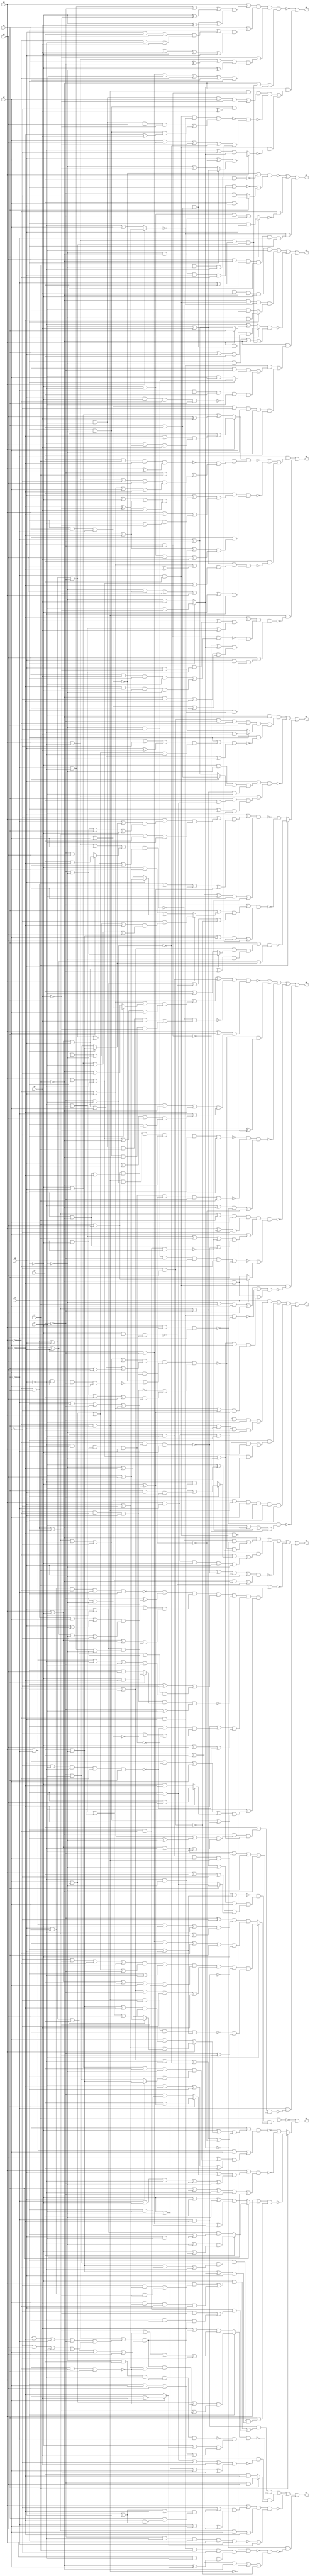
// Benchmark "quot_res" written by ABC on Mon Feb 27 04:35:10 2023

module quot_res ( 
    x0, x1, x2, x3, x4, x5, x6, x7, x8, x9,
    z0, z1, z2, z3, z4, z5, z6, z7, z8, z9  );
  input  x0, x1, x2, x3, x4, x5, x6, x7, x8, x9;
  output z0, z1, z2, z3, z4, z5, z6, z7, z8, z9;
  wire n22, n23, n24, n25, n26, n27, n28, n29, n30, n32, n33, n34, n35, n36,
    n37, n38, n40, n41, n42, n43, n44, n45, n46, n47, n48, n49, n51, n52,
    n53, n54, n55, n56, n57, n58, n59, n60, n61, n62, n63, n64, n66, n67,
    n68, n69, n70, n71, n72, n73, n74, n75, n76, n77, n78, n79, n80, n81,
    n83, n84, n85, n86, n87, n88, n89, n90, n91, n92, n93, n94, n95, n96,
    n97, n98, n99, n100, n101, n102, n103, n104, n106, n107, n108, n109,
    n110, n111, n112, n113, n114, n115, n116, n117, n118, n119, n120, n121,
    n123, n124, n125, n126, n127, n128, n129, n130, n131, n132, n133, n134,
    n135, n137, n138, n139, n140, n141, n142, n143, n144, n145, n146, n148,
    n149, n150, n151, n152, n153, n154;
  assign z0 = n22 | n23 | n24 | ~n27;
  assign n22 = x2 & ((~x0 & x1 & x3 & ~x4 & x5) | (x0 & ~x1 & ~x3 & x4 & ~x5));
  assign n23 = x2 & ((~x0 & x1 & x3 & x4) | (x0 & ~x1 & ~x3 & ~x4));
  assign n24 = n26 & n25 & x7 & ~x6 & x2 & x3;
  assign n25 = ~x0 & x1;
  assign n26 = ~x4 & ~x5;
  assign n27 = ~n28 & (x5 | ~x6 | ~n29 | ~n30);
  assign n28 = ~x2 & x0 & ~x1;
  assign n29 = x2 & ~x0 & x1;
  assign n30 = x3 & ~x4;
  assign z1 = ~n35 | (~x0 & ~n32) | (~n33 & n34);
  assign n32 = x1 ? (x2 & x3) : (~x2 | ~x3 | ~x4 | (~x5 & ~x6));
  assign n33 = x0 ? (x3 | ~x7) : (~x3 | x7);
  assign n34 = x8 & ~x6 & ~x5 & x4 & ~x1 & x2;
  assign n35 = (~n36 | ~n37) & (~n38 | (x1 ? (x4 | x7) : (~x4 | ~x7)));
  assign n36 = x2 & x0 & ~x1;
  assign n37 = x6 & ~x5 & ~x3 & x4;
  assign n38 = ~x6 & ~x5 & x3 & ~x0 & x2;
  assign z2 = n43 | n45 | ~n47 | (~x6 & (n40 | n42));
  assign n40 = n41 & ((x1 & ~x4 & (x2 ? (~x5 & ~x7) : (x5 & x7))) | (~x1 & ~x2 & x4 & x5 & x7));
  assign n41 = ~x0 & x3;
  assign n42 = n36 & ~x7 & ~x5 & ~x3 & x4;
  assign n43 = ~n44 & x9 & ~x6 & ~x2 & x5;
  assign n44 = (x0 | ~x3 | x7 | (x1 ? (x4 | ~x8) : (~x4 | x8))) & (~x0 | x1 | x3 | ~x4 | ~x7 | x8);
  assign n45 = ~x6 & n46 & ~n33 & (x2 ? (~x5 & ~x8) : (x5 & x8));
  assign n46 = ~x1 & x4;
  assign n47 = n49 & (x2 | ~x5 | ~x6 | n48);
  assign n48 = (x0 | ~x3 | (~x1 ^ x4)) & (~x0 | x1 | x3 | ~x4);
  assign n49 = x2 ? ((x0 | (x3 & (x1 | x4))) & (x1 | x3 | x4)) : (~x3 | (x0 ? x1 : (~x1 | ~x4)));
  assign z3 = n59 | ~n64 | (x6 ? ~n63 : (~n51 | ~n53));
  assign n51 = (x3 | n52) & (~x3 | x4 | x5 | x7 | ~n29);
  assign n52 = (~x7 | ((x0 | ((~x1 | (x2 ? (x4 | ~x5) : (~x4 | x5))) & (~x4 | ~x5 | x1 | ~x2))) & (~x0 | x1 | x2 | x4 | x5))) & (~x0 | x1 | ~x4 | x7 | (~x2 ^ x5));
  assign n53 = (~x4 | n54) & (x4 | ~x5 | x7 | x8 | ~n58);
  assign n54 = (x1 | n55) & (x3 | x5 | ~n56 | ~n57);
  assign n55 = x0 ? (~x7 | ((x2 | ~x3 | ~x5 | ~x8) & (~x2 | x3 | x5 | x8))) : (~x2 | x7 | (x3 ? (x5 | x8) : (~x5 | ~x8)));
  assign n56 = ~x2 & ~x0 & x1;
  assign n57 = ~x7 & x8;
  assign n58 = x3 & ~x2 & ~x0 & x1;
  assign n59 = x5 & ~x6 & (n61 | (~x8 & n46 & ~n60));
  assign n60 = (x2 | ((~x0 | ~x7 | (x3 ^ x9)) & (x7 | x9 | x0 | ~x3))) & (x0 | ~x2 | x3 | x7 | ~x9);
  assign n61 = n62 & (x2 ? (~x3 & x9) : (x3 & ~x9));
  assign n62 = x8 & ~x7 & ~x4 & ~x0 & x1;
  assign n63 = (x1 | ((~x0 | x2 | (x3 ? (~x4 | ~x5) : (x4 | x5))) & (x0 | ~x2 | x3 | ~x4 | ~x5))) & (x0 | ~x1 | x3 | (x2 ? (x4 | ~x5) : (~x4 | x5)));
  assign n64 = (x3 | (((~x2 & ~x5) | (x0 ? (x1 | x4) : (~x1 | ~x4))) & (~x0 | x1 | x2 | ~x4 | x5))) & (x0 | ~x3 | ((x1 | (x4 & (x2 | x5))) & (x2 | x4 | x5)));
  assign z4 = ~n74 | (x6 ? ~n73 : (~n66 | ~n72));
  assign n66 = (x1 | n67) & (x0 | ~x1 | x7 | n71);
  assign n67 = (~x2 | n69) & (~x0 | x2 | ~x3 | ~n68 | ~n70);
  assign n68 = ~x4 & x5;
  assign n69 = x0 ? (x3 | ~x7 | (x4 ? (x5 | x8) : (~x5 | ~x8))) : (x7 | ((x4 | ~x5 | ~x8) & (~x3 | ~x4 | x5 | x8)));
  assign n70 = x7 & x8;
  assign n71 = (x8 | ((~x2 | x3 | x4 | ~x5) & (x2 | (x3 ? (x4 | ~x5) : (~x4 | x5))))) & (x5 | ~x8 | x2 | x4);
  assign n72 = (x0 | ((x3 | (x1 ? (x4 | (~x2 ^ x5)) : (~x4 | (x2 & x5)))) & (~x1 | ~x2 | ~x3 | ~x4 | ~x5))) & (x1 | x2 | ~x3 | ~x4 | x5);
  assign n73 = (x0 | (x1 ? (x4 ? ((~x3 | ~x5) & (~x2 | (~x3 & ~x5))) : ((x3 | x5) & (x2 | (x3 & x5)))) : ((~x2 | x4 | ~x5) & (x3 | ~x4 | (x2 & x5))))) & (x1 | ((x2 | ((~x4 | x5) & (x4 | ~x5 | ~x0 | ~x3))) & (x4 | ~x5 | ~x2 | x3)));
  assign n74 = x6 | (~n76 & n77 & (x5 ? n78 : n75));
  assign n75 = ((~x4 ^ ~x7) | ((x0 | ~x1 | ~x2 | ~x3) & (~x0 | x1 | x2 | x3))) & (x3 | ~x4 | x7 | ~x0 | x1 | ~x2);
  assign n76 = x4 & x5 & x7 & n25 & (x2 ^ x3);
  assign n77 = (~x0 | x1 | x2 | ~x4 | ~x5 | x7) & (x0 | x4 | ~x7 | (x1 ? (x2 | x5) : (~x2 | ~x5)));
  assign n78 = (n79 | ~n80) & (~n81 | (~x4 ^ ~x9));
  assign n79 = (((~x7 | ~x9 | ~x0 | x4) & (x7 | x9 | x0 | ~x4)) | (x2 ^ ~x3)) & (x0 | ~x2 | x4 | x7 | ~x9) & (~x0 | x2 | ~x4 | ~x7 | x9);
  assign n80 = ~x1 & ~x8;
  assign n81 = ~x0 & x1 & ~x7 & x8 & (x2 ^ x3);
  assign z5 = n83 | n91 | ~n92 | ~n94 | (~x1 & ~n90);
  assign n83 = ~x6 & ((~n44 & ~n89) | (~n84 & (x5 ^ x9)));
  assign n84 = n88 & (~n36 | ~n87) & (~n85 | n86);
  assign n85 = ~x7 & ~x0 & x3;
  assign n86 = (x1 | ~x2 | x4 | x8) & (~x1 | x2 | ~x4 | ~x8);
  assign n87 = ~x8 & ~x3 & ~x4 & x7;
  assign n88 = (~x0 | x1 | x2 | ~x3 | ~x7 | x8) & (x0 | ~x2 | x3 | x7 | (x1 ^ x8));
  assign n89 = x2 ? (x5 | ~x9) : (~x5 | x9);
  assign n90 = (x4 | ((~x6 | ((~x0 | x3 | (x2 ^ ~x5)) & (x0 | ~x2 | ~x3 | x5))) & (x0 | x2 | ~x3 | ~x5))) & (x0 | ~x2 | ~x3 | ~x4 | ~x5 | ~x6);
  assign n91 = x6 & ((~x0 & (x2 ? ((~x3 & ~x5) | (x1 & x3 & x5)) : (~x3 & x5))) | (x0 & ~x1 & ~x2 & x3 & ~x5));
  assign n92 = (x6 | ~n93 | x3 | ~x5) & (~x3 | ~x4 | x5 | ~x6 | ~n56);
  assign n93 = ~x0 & ~x1 & ~x2;
  assign n94 = x6 | (n95 & ~n101 & n102 & (x5 | n100));
  assign n95 = (~n98 | (~x4 ^ ~x5)) & n99 & (n96 | n97);
  assign n96 = x2 ^ ~x7;
  assign n97 = (~x0 | x1 | x3 | x4 | ~x5) & (x0 | ~x1 | ~x3 | ~x4 | x5);
  assign n98 = x7 & x3 & ~x0 & ~x1 & x2;
  assign n99 = (x2 | ((~x0 | x1 | x7 | (x3 ^ x5)) & (x0 | ~x1 | x3 | ~x5 | ~x7))) & (x0 | ~x2 | ~x7 | ((x3 | x5) & (~x1 | ~x3 | ~x5)));
  assign n100 = (x0 | x3 | x7 | (x1 ? (x2 | x8) : (~x2 | ~x8))) & (~x0 | x1 | x2 | ~x3 | ~x7 | ~x8);
  assign n101 = n85 & (x1 ? (~x2 & ~x8) : (x2 & x8)) & (~x4 ^ x5);
  assign n102 = (~x8 | ((x2 | ~n103) & (~x7 | ~n26 | ~n104))) & (~x2 | x8 | ~n103);
  assign n103 = ~x7 & x5 & ~x3 & ~x0 & x1;
  assign n104 = ~x3 & x2 & x0 & ~x1;
  assign z6 = ~n106 | n111 | ~n115 | ~n118 | (n46 & ~n112);
  assign n106 = n107 & ~n110 & (x0 | x7 | n109);
  assign n107 = x1 | n108 | (x4 & x5);
  assign n108 = (~x0 | x3 | (x2 ? (x6 | x7) : (~x6 | ~x7))) & (x0 | x2 | ~x3 | ~x6 | x7);
  assign n109 = (x1 | ~x2 | ~x6 | ~x8) & (~x1 | ((x3 | x6 | x8) & (x2 | ((x6 | x8) & (x3 | ~x6 | ~x8)))));
  assign n110 = ~n44 & ((~x2 & x5 & x6 & x9) | (x2 & ~x5 & ~x6 & ~x9));
  assign n111 = ~n84 & (x6 ^ ~x9);
  assign n112 = (~x5 | x6 | x7 | x8 | ~n113) & (~x6 | ~x8 | n114);
  assign n113 = x3 & ~x0 & x2;
  assign n114 = (x0 | x2 | ~x3 | ~x5 | x7) & (~x0 | x3 | ~x7 | (~x2 ^ x5));
  assign n115 = ~n117 & ~n116 & (~x3 | ~x6 | ~n28 | ~n70);
  assign n116 = n104 & n70 & ~x4 & x6;
  assign n117 = n25 & n68 & ~x7 & ~x6 & x2 & x3;
  assign n118 = n120 & n121 & (~n119 | (x2 ? (x6 | x8) : (~x6 | ~x8)));
  assign n119 = ~x7 & ~x5 & ~x4 & x3 & ~x0 & x1;
  assign n120 = (~x0 | x1 | x2 | x6 | x7) & (x0 | ~x6 | ~x7);
  assign n121 = x7 | ((~x3 | ~x4 | x6 | ~n29) & (x3 | ~x6 | ~n93));
  assign z7 = n123 | ~n124 | n131 | ~n133 | (~n89 & ~n129);
  assign n123 = n80 & ((~x2 & ((x0 & ((~x7 & x9) | (x3 & x7 & ~x9))) | (x7 & x9 & ~x0 & x3))) | (~x0 & x2 & ((~x7 & ~x9) | (~x3 & x7 & x9))));
  assign n124 = n126 & (~n125 | ((~x2 | (x7 ? (x8 | x9) : ~x8)) & (x2 | x7 | x8 | x9)));
  assign n125 = ~x5 & x4 & ~x3 & x0 & ~x1;
  assign n126 = x2 ? ((x7 | x9 | ~n127) & (~x9 | (n128 & (x3 | ~x7 | ~n127)))) : ((x9 | n128) & (~x9 | ~n127 | ~x3 | ~x7));
  assign n127 = x8 & ~x0 & x1;
  assign n128 = (x0 | ~x3 | ((x7 | ~x8 | ~x1 | ~x4) & (~x7 | x8 | x1 | x4))) & (~x0 | x1 | x3 | x4 | x7 | x8);
  assign n129 = ~n130 & (~x3 | x4 | ~x6 | ~n25 | ~n57);
  assign n130 = ~x8 & n46 & ((~x0 & x3 & x6 & ~x7) | (x0 & ~x3 & (~x6 ^ x7)));
  assign n131 = n41 & ~n132 & (x1 ? (~x4 & x8) : (x4 & ~x8));
  assign n132 = (x2 | x5 | ~x7 | x9) & (~x2 | ~x5 | x7 | ~x9);
  assign n133 = n135 & (~n134 | (x7 ? (x8 | x9) : ~x8));
  assign n134 = ~x4 & ~x3 & x2 & x0 & ~x1;
  assign n135 = (x0 | ((~x7 | ((x2 | x3 | ~x8) & (x1 | (~x8 & (x2 | x3))))) & (~x1 | x7 | x8))) & (~x0 | x1 | x2 | x7 | ~x8);
  assign z8 = n137 | (n25 & ~n144);
  assign n137 = ~x1 & (~n139 | ~n143 | (x4 & ~n138));
  assign n138 = (x5 | x9 | ((~x0 | x3 | (x2 ^ ~x8)) & (x0 | x2 | ~x3 | ~x8))) & (~x5 | x8 | ~x9 | x0 | ~x2 | ~x3);
  assign n139 = n142 & (n89 | (~n141 & (~x4 | x6 | n140)));
  assign n140 = (x0 | ~x3 | ~x7 | x8) & (~x0 | x3 | x7 | ~x8);
  assign n141 = x4 & x6 & ~x8 & (x0 ^ x3);
  assign n142 = x0 ? (x2 | ((~x8 | ~x9) & (~x3 | x8 | x9))) : (~x2 | x3 | (x8 ^ x9));
  assign n143 = (x4 | ((x3 | ((~x0 | ~x2 | (~x8 ^ ~x9)) & (x2 | ~x8 | x9))) & (x0 | ~x8 | (x2 & (~x3 | ~x9))))) & (x0 | ((x2 | ~x8 | (x3 & ~x9)) & (~x2 | ~x3 | x8 | x9)));
  assign n144 = (~x8 | ((~x2 | (x9 & (~x3 | ~x4))) & (~x3 | ~x4 | x9))) & n145 & (x8 | ((x3 | ~x9) & (x2 | (x3 & ~x9))));
  assign n145 = ~n146 & (~n30 | n89 | (((~x6 & ~x7) | ~x8) & (x6 | x7 | x8)));
  assign n146 = x3 & ~x4 & ((x8 & x9 & x2 & x5) | (~x8 & ~x9 & ~x2 & ~x5));
  assign z9 = ~n152 | (~x6 & (n149 | ~n150 | (n46 & ~n148)));
  assign n148 = x0 ? (x3 | x7 | (x2 ? (x5 | x9) : (~x5 | ~x9))) : (~x3 | ~x7 | (x2 ? (x5 | ~x9) : (~x5 | x9)));
  assign n149 = n25 & n30 & ((~x2 & x5 & x7 & ~x9) | (x2 & ~x5 & (~x7 ^ x9)));
  assign n150 = ~n151 & (x7 | x8 | ~x9 | ~n68 | ~n58);
  assign n151 = n46 & ~n33 & ((~x2 & x5 & x8 & ~x9) | (x2 & ~x5 & (~x8 ^ x9)));
  assign n152 = n154 & (~x9 | n153) & (~x6 | n48 | n89);
  assign n153 = (x0 | ~x3 | (x1 ^ ~x4) | (~x2 ^ ~x5)) & (x3 | ~x4 | x5 | ~x0 | x1 | x2);
  assign n154 = (x0 | ((~x1 | ~x3 | ~x4 | (~x2 ^ ~x9)) & ((x3 & (x1 | x4)) | (~x2 ^ x9)))) & (x1 | ((x2 | ((x3 | x4 | ~x9) & (~x0 | ~x3 | x9))) & (x4 | x9 | ~x2 | x3)));
endmodule